Leprosy in India: report of the Leprosy Commission in India, 1890-91
Year: 1890
Disease focus: Leprosy
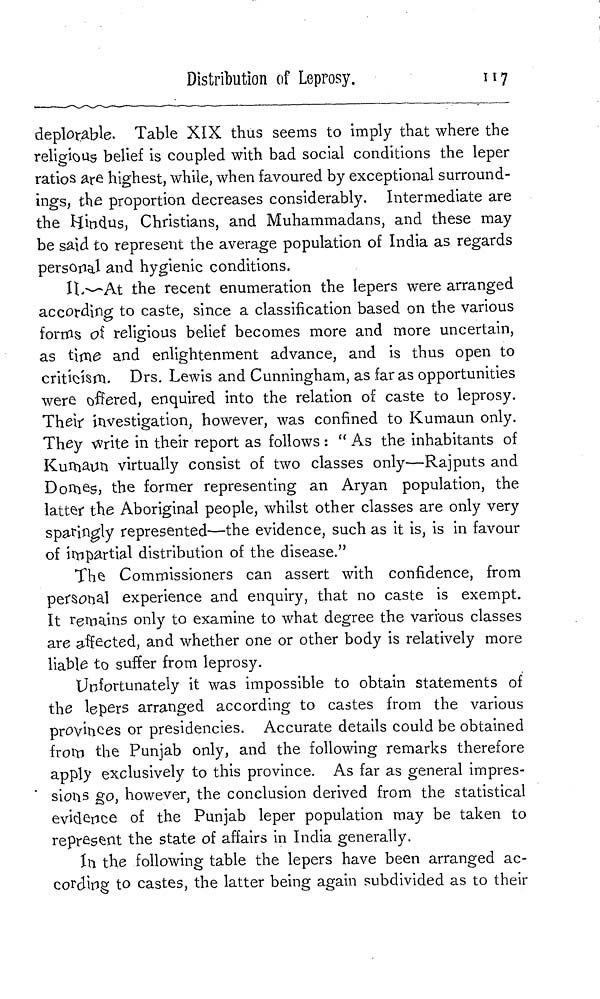
Distribution of Leprosy.
117
deplorable. Table XIX thus seems to imply that where the
religious belief is coupled with bad social conditions the leper
ratios are highest, while, when favoured by exceptional surround-
ings, the proportion decreases considerably. Intermediate are
the Hindus, Christians, and Muhammadans, and these may
be said to represent the average population of India as regards
personal and hygienic conditions.
II.- At the recent enumeration the lepers were arranged
according to caste, since a classification based on the various
forms of religious belief becomes more and more uncertain,
as time and enlightenment advance, and is thus open to
criticism. Drs. Lewis and Cunningham, as far as opportunities
were offered, enquired into the relation of caste to leprosy.
Their investigation, however, was confined to Kumaun only.
They write in their report as follows : "As the inhabitants of
Kumaun virtually consist of two classes only—Rajputs and
Domes, the former representing an Aryan population, the
latter the Aboriginal people, whilst other classes are only very
sparingly represented—the evidence, such as it is, is in favour
of impartial distribution of the disease."
The Commissioners can assert with confidence, from
personal experience and enquiry, that no caste is exempt.
It remains only to examine to what degree the various classes
are affected, and whether one or other body is relatively more
liable to suffer from leprosy.
Unfortunately it was impossible to obtain statements of
the lepers arranged according to castes from the various
provinces or presidencies. Accurate details could be obtained
from the Punjab only, and the following remarks therefore
apply exclusively to this province. As far as general impres-
sions go, however, the conclusion derived from the statistical
evidence of the Punjab leper population may be taken to
represent the state of affairs in India generally.
In the following table the lepers have been arranged ac-
cording to castes, the latter being again subdivided as to their